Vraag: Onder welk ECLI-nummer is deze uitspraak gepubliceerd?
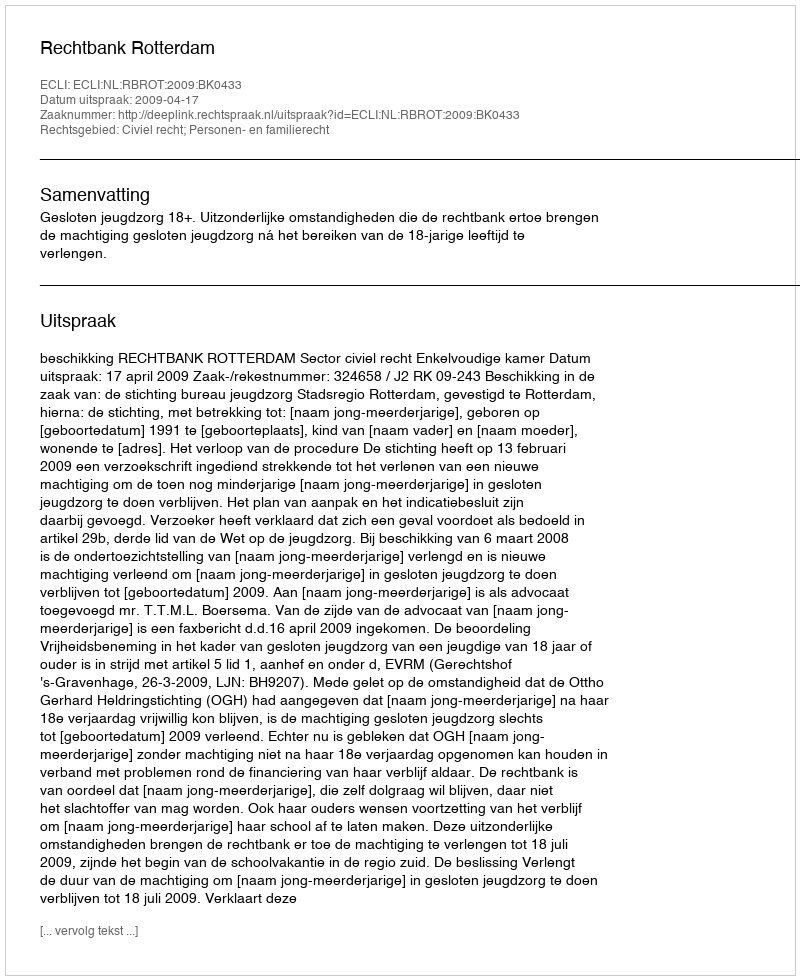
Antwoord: ECLI:NL:RBROT:2009:BK0433